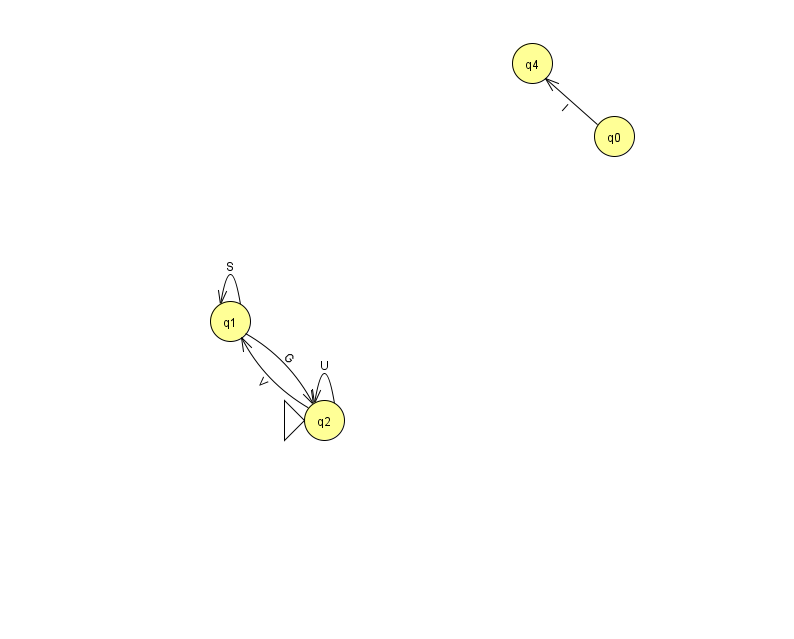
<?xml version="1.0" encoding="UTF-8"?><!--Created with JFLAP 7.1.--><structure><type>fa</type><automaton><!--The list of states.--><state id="0" name="q0"><x>614.0</x><y>123.0</y></state><state id="1" name="q1"><x>230.0</x><y>308.0</y></state><state id="2" name="q2"><x>324.0</x><y>407.0</y><initial/></state><state id="4" name="q4"><x>532.0</x><y>50.0</y></state><!--The list of transitions.--><transition><from>1</from><to>2</to><read>G</read></transition><transition><from>0</from><to>4</to><read>l</read></transition><transition><from>1</from><to>1</to><read>S</read></transition><transition><from>2</from><to>1</to><read>V</read></transition><transition><from>2</from><to>2</to><read>U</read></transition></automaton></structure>